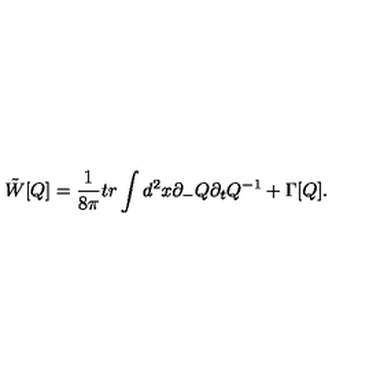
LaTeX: \tilde { W } [ Q ] = \frac { 1 } { 8 \pi } t r \int d ^ { 2 } x \partial _ { - } Q \partial _ { t } Q ^ { - 1 } + \Gamma [ Q ] .